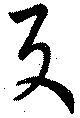
反